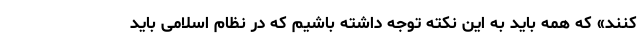
کنند» که همه باید به این نکته توجه داشته باشیم که در نظام اسلامی باید